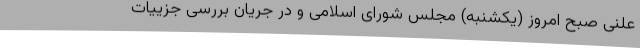
علنی صبح امروز (یکشنبه) مجلس شورای اسلامی و در جریان بررسی جزییات